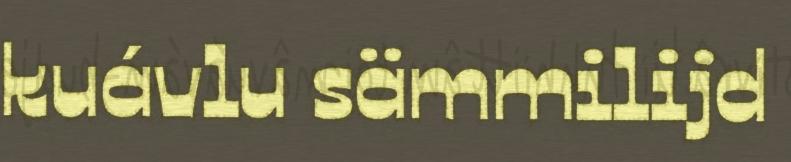
kuávlu sämmilijd